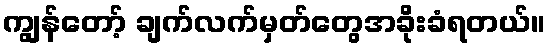
ကျွန်တော့် ချက်လက်မှတ်တွေအခိုးခံရတယ်။